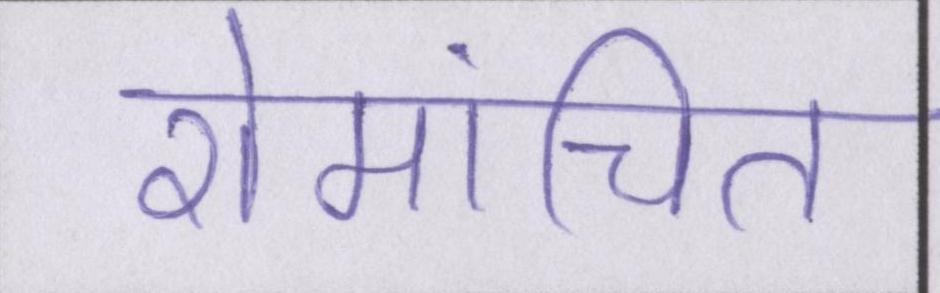
रोमांचित